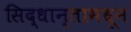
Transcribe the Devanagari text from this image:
सिद्धान्तामधून